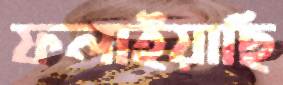
ফলাইয়াছি